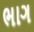
ભાગ